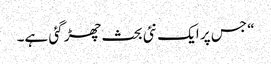
“ جس پر ایک نئی بحث چھڑ گئی ہے۔